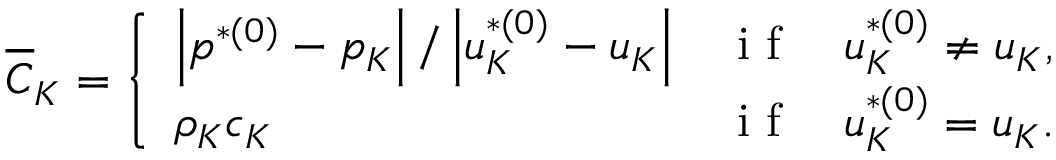
\overline { { C } } _ { K } = \left\{ \begin{array} { l l } { \left| p ^ { * ( 0 ) } - p _ { K } \right| / \left| u _ { K } ^ { * ( 0 ) } - u _ { K } \right| } & { \mathrm { ~ i ~ f ~ } \quad u _ { K } ^ { * ( 0 ) } \neq u _ { K } , } \\ { \rho _ { K } c _ { K } } & { \mathrm { ~ i ~ f ~ } \quad u _ { K } ^ { * ( 0 ) } = u _ { K } . } \end{array} \right.